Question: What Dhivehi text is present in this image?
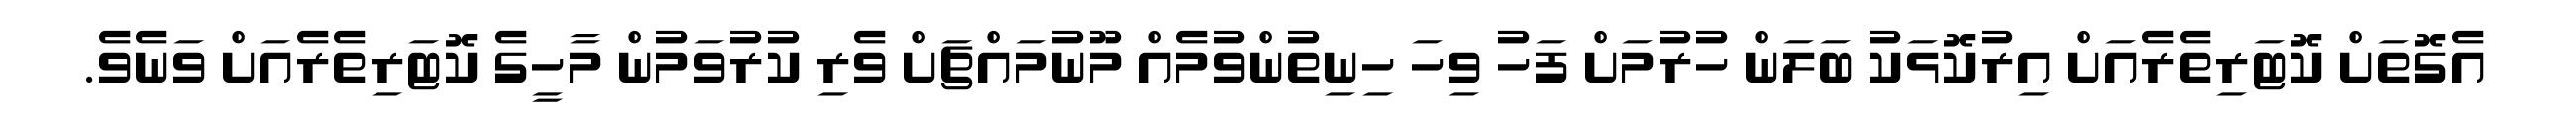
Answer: އެގޮތަށް ކޮޓަރިތެރެއަށް އިރުކޮޅަކު ބަލަން ހުރުމަށް ފަހު ވިހަ ހިނިތުންވުމެއް މޫނުމައްޗަށް ވެރި ކުރުވަމުން މާހީގެ ކޮޓަރިތެރެއަށް ވަނެވެ.